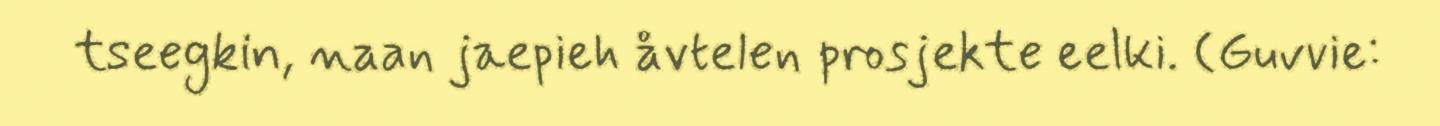
tseegkin, naan jaepieh åvtelen prosjekte eelki. (Guvvie: